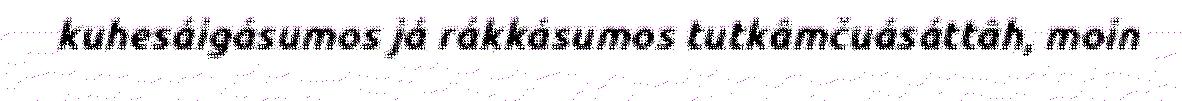
kuhesáigásumos já rákkásumos tutkâmčuásáttâh, moin